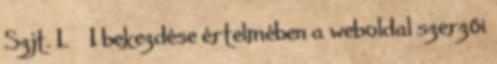
Szjt. 1. § 1 bekezdése értelmében a weboldal szerzői